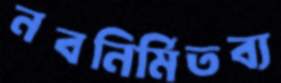
নবনির্মিতব্য